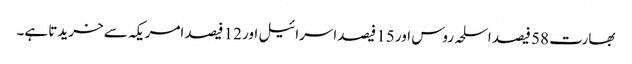
بھارت 58 فیصد اسلحہ روس اور 15 فیصداسرائیل اور 12 فیصد امریکہ سے خریدتا ہے۔